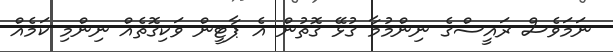
ނަމަވެސް ރައީސްގެ ނިންމުމާ ގުޅޭ ގޮތުން އެ ޕާޓީން ވަކިގޮތެއް ނިންމި ކަމެއް